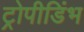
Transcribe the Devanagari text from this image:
ट्रोपीडिंभ